Indian journal of veterinary science and animal husbandry - Volumes 15-17, 1948-1951
Year: 1948
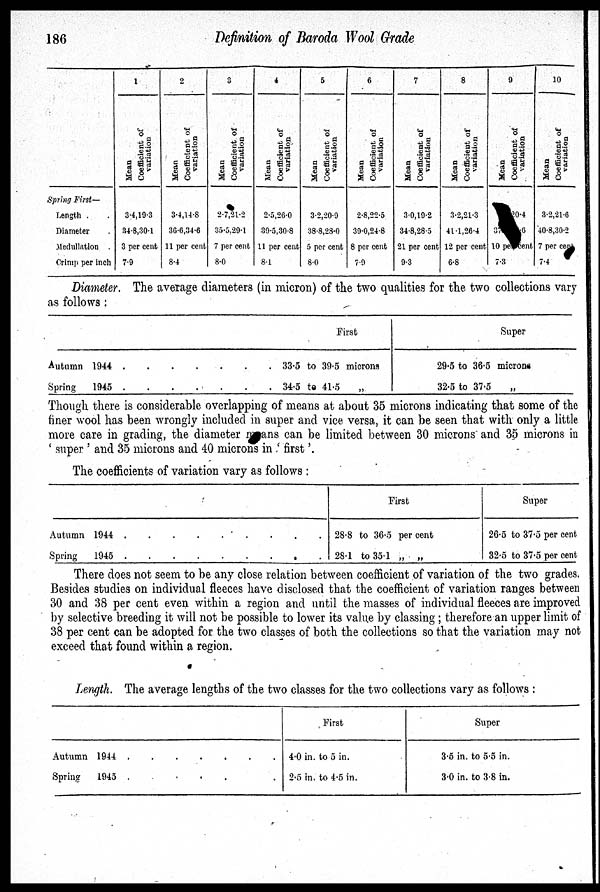
186
Definition of Baroda Wool Grade
Spring First—
Length .
Diameter .
Medullation .
Crimp per inch
1
Mean
Coefficient of
variation
3.4, 19.3
34.8, 30.1
3 per cent
7.9
2
Mean
Coefficient of
variation
3.4, 14.8
36.6, 34.6
11 per cent
8.4
3
Mean
Coefficient of
variation
2.7, 21.2
35.5, 29.1
7 per cent
8.0
4
Mean
Coefficient of
variation
2.5, 26.0
39.5, 30.8
11 per cent
8.1
5
Mean
Coefficient of
variation
3.2, 20.9
38.8, 28.0
5 per cent
8.0
6
Mean
Coefficient of
variation
2.8, 22.5
39.0, 24.8
8 per cent
7.9
7
Mean
Coefficient of
variation
3.0, 19.2
34.8, 28.5
21 per cent
9.3
8
Mean
Coefficient of
variation
3.2, 21.3
41.1, 26.4
12 per cent
6.8
9
Mean
Coefficient of
variation
20.4
37
.6
10 per cent
7.3
10
Mean
Coefficient of
variation
3.2, 21.6
40.8, 30.2
7 per cent
7.4
Diameter. The average diameters (in micron) of the two qualities for the two collections vary
as follows:
Autumn 1944 .
.
.
. . . .
Spring
1945 . . . . . . .
First
33.5 to 39.5 microns
34.5 to 41.5 „
Super
29.5 to 36.5 microns
32.5 to 37.5 „
Though there is considerable overlapping of means at about 35 microns indicating that some of the
finer wool has been wrongly included in super and vice versa, it can be seen that with only a little
more care in grading, the diameter means can be limited between 30 microns and 35 microns in
'super' and 35 microns and 40 microns in ' first '.
The coefficients of variation vary as follows :
Autumn 1944 . . . . . . . . .
Spring
1945
.
.
.
.
.
.
.
.
.
First
28.8 to 36.5 per cent
28.1 to 35.1 „
„
Super
26.5 to 37.5 per cent
32.5 to 37.5 per cent
There does not seem to be any close relation between coefficient of variation of the two grades.
Besides studies on individual fleeces have disclosed that the coefficient of variation ranges between
30 and 38 per cent even within a region and until the masses of individual fleeces are improved
by selective breeding it will not be possible to lower its value by classing; therefore an upper limit of
38 per cent can be adopted for the two classes of both the collections so that the variation may not
exceed that found within a region.
Length. The average lengths of the two classes for the two collections vary as follows :
Autumn 1944 . . . . . . .
Spring
1945 . . . . . . .
First
4.0 in. to 5 in.
2.5 in. to 4.5 in.
Super
3.5 in. to 5.5 in.
3.0 in. to 3.8 in.